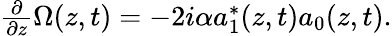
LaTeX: \begin{array}{r}{\frac{\partial}{\partial z}\Omega(z,t)=-2i\alpha a_{1}^{*}(z,t)a_{0}(z,t).}\end{array}